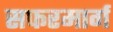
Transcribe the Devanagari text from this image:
सफरमार्ग